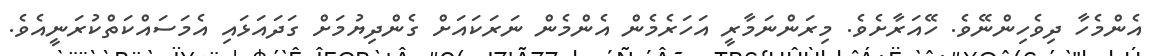
އެންމެހާ ދިވެހިންނޭވެ. ހޭއަރާށެވެ. މިރަންނަމާރީ އަހަރެމެން އެންމެން ނަރަކައަށް ގެންދިޔުމަށް ގަދައަޅައި އެމަސައްކަތްކުރަނީއެވެ.